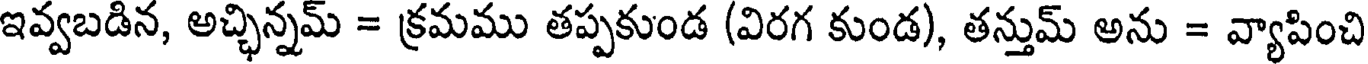
ఇవ్వబడిన, అచ్ఛిన్నమ్ = క్రమము తప్పకుండ (విరగ కుండ), తన్తుమ్ అను = వ్యాపించి